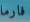
فارما